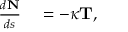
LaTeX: \begin{array} { r l } { { \frac { d \mathbf { N } } { d s } } } & { { } = - \kappa \mathbf { T } , } \end{array}